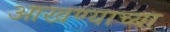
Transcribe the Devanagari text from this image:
आखण्याच्या